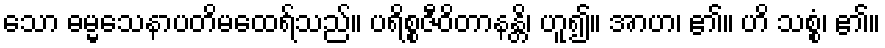
သော ဓမ္မသေနာပတိမထေရ်သည်။ ပရိစ္စဇီဝိတာနန္တိ၊ ဟူ၍။ အာဟ၊ ၏။ ဟိ သစ္စံ၊ ၏။